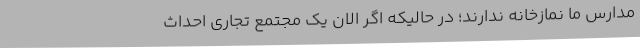
مدارس ما نمازخانه ندارند؛ در حالیکه اگر الان یک مجتمع تجاری احداث